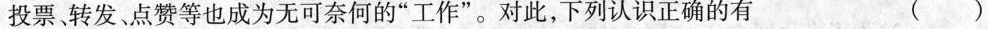
投票转发、点赞等也成为无可奈何的”工作”。对此，下列认识正确的有 ()